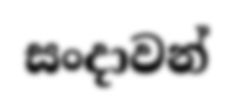
සංදාවන්